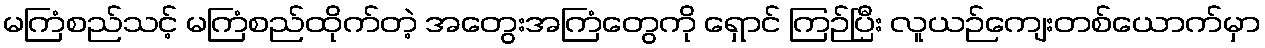
မကြံစည်သင့် မကြံစည်ထိုက်တဲ့ အတွေးအကြံတွေကို ရှောင် ကြဉ်ပြီး လူယဉ်ကျေးတစ်ယောက်မှာ